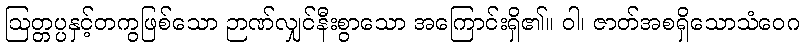
ဩတ္တပ္ပနှင့်တကွဖြစ်သော ဉာဏ်လျှင်နီးစွာသော အကြောင်းရှိ၏။ ဝါ၊ ဇာတ်အစရှိသောသံဝေဂ